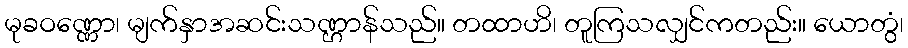
မုခဝဏ္ဏော၊ မျက်နှာအဆင်းသဏ္ဌာန်သည်။ တထာဟိ၊ တူကြသလျှင်ကတည်း။ ယောတွံ၊